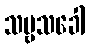
သဗ္ဗသခေါ